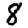
Digit: 8